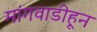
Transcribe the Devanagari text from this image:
मांगवाडीहून